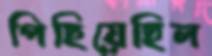
পিছিয়েছিল